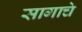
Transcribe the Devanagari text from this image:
सागाचे